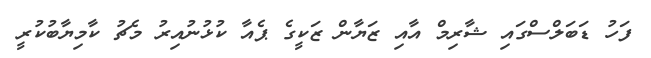
ފަހު ޑަބަލްސްގައި ޝާރިމް އާއި ޒަޔާން ޒަކީގެ ޕެއާ ކުޅުނުއިރު މެޗު ކާމިޔާބުކުރީ